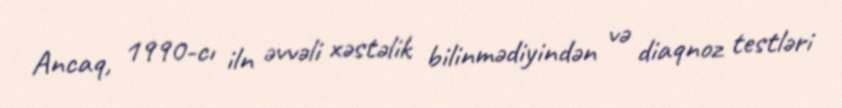
Ancaq, 1990-cı iln əvvəli xəstəlik bilinmədiyindən və diaqnoz testləri